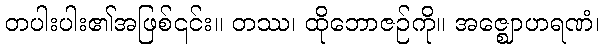
တပါးပါး၏အဖြစ်၎င်း။ တဿ၊ ထိုဘောဇဉ်ကို။ အဇ္ဈောဟရဏံ၊